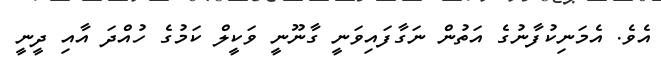
އެވެ. އެމަނިކުފާނުގެ އަތުން ނަގާފައިވަނީ ގާނޫނީ ވަކީލް ކަމުގެ ހުއްދަ އާއި ދީނީ